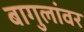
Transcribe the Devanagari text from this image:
बागुलांवर